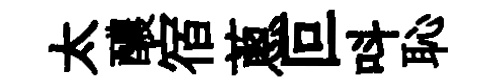
太醲宿蔥叵呌恥